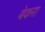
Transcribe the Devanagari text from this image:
बेकरा